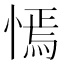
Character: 㥼